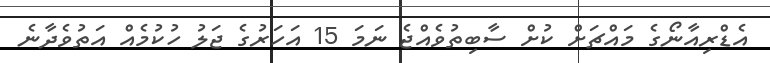
އެޑްރިއާނޯގެ މައްޗަށް ކުށް ސާބިތުވެއްޖެ ނަމަ 15 އަހަރުގެ ޖަލު ހުކުމެއް އަތުވެދާނެ